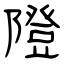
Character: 隥